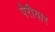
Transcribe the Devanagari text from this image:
पेरीयार